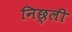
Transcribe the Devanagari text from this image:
निछ्ली